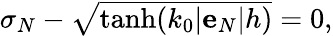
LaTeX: \begin{array}{r}{\sigma_{N}-\sqrt{\operatorname{tanh}(k_{0}|\mathbf{e}_{N}|h)}=0,}\end{array}